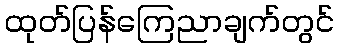
ထုတ်ပြန်ကြေညာချက်တွင်